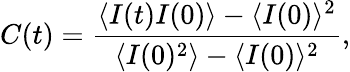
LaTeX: C(t)=\frac{\langle I(t)I(0)\rangle-\langle I(0)\rangle^{2}}{\langle I(0)^{2}\rangle-\langle I(0)\rangle^{2}},